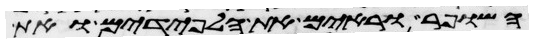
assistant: השופר וראים את הלפידים ואת